Trukikaitis_Postimees, lk 50
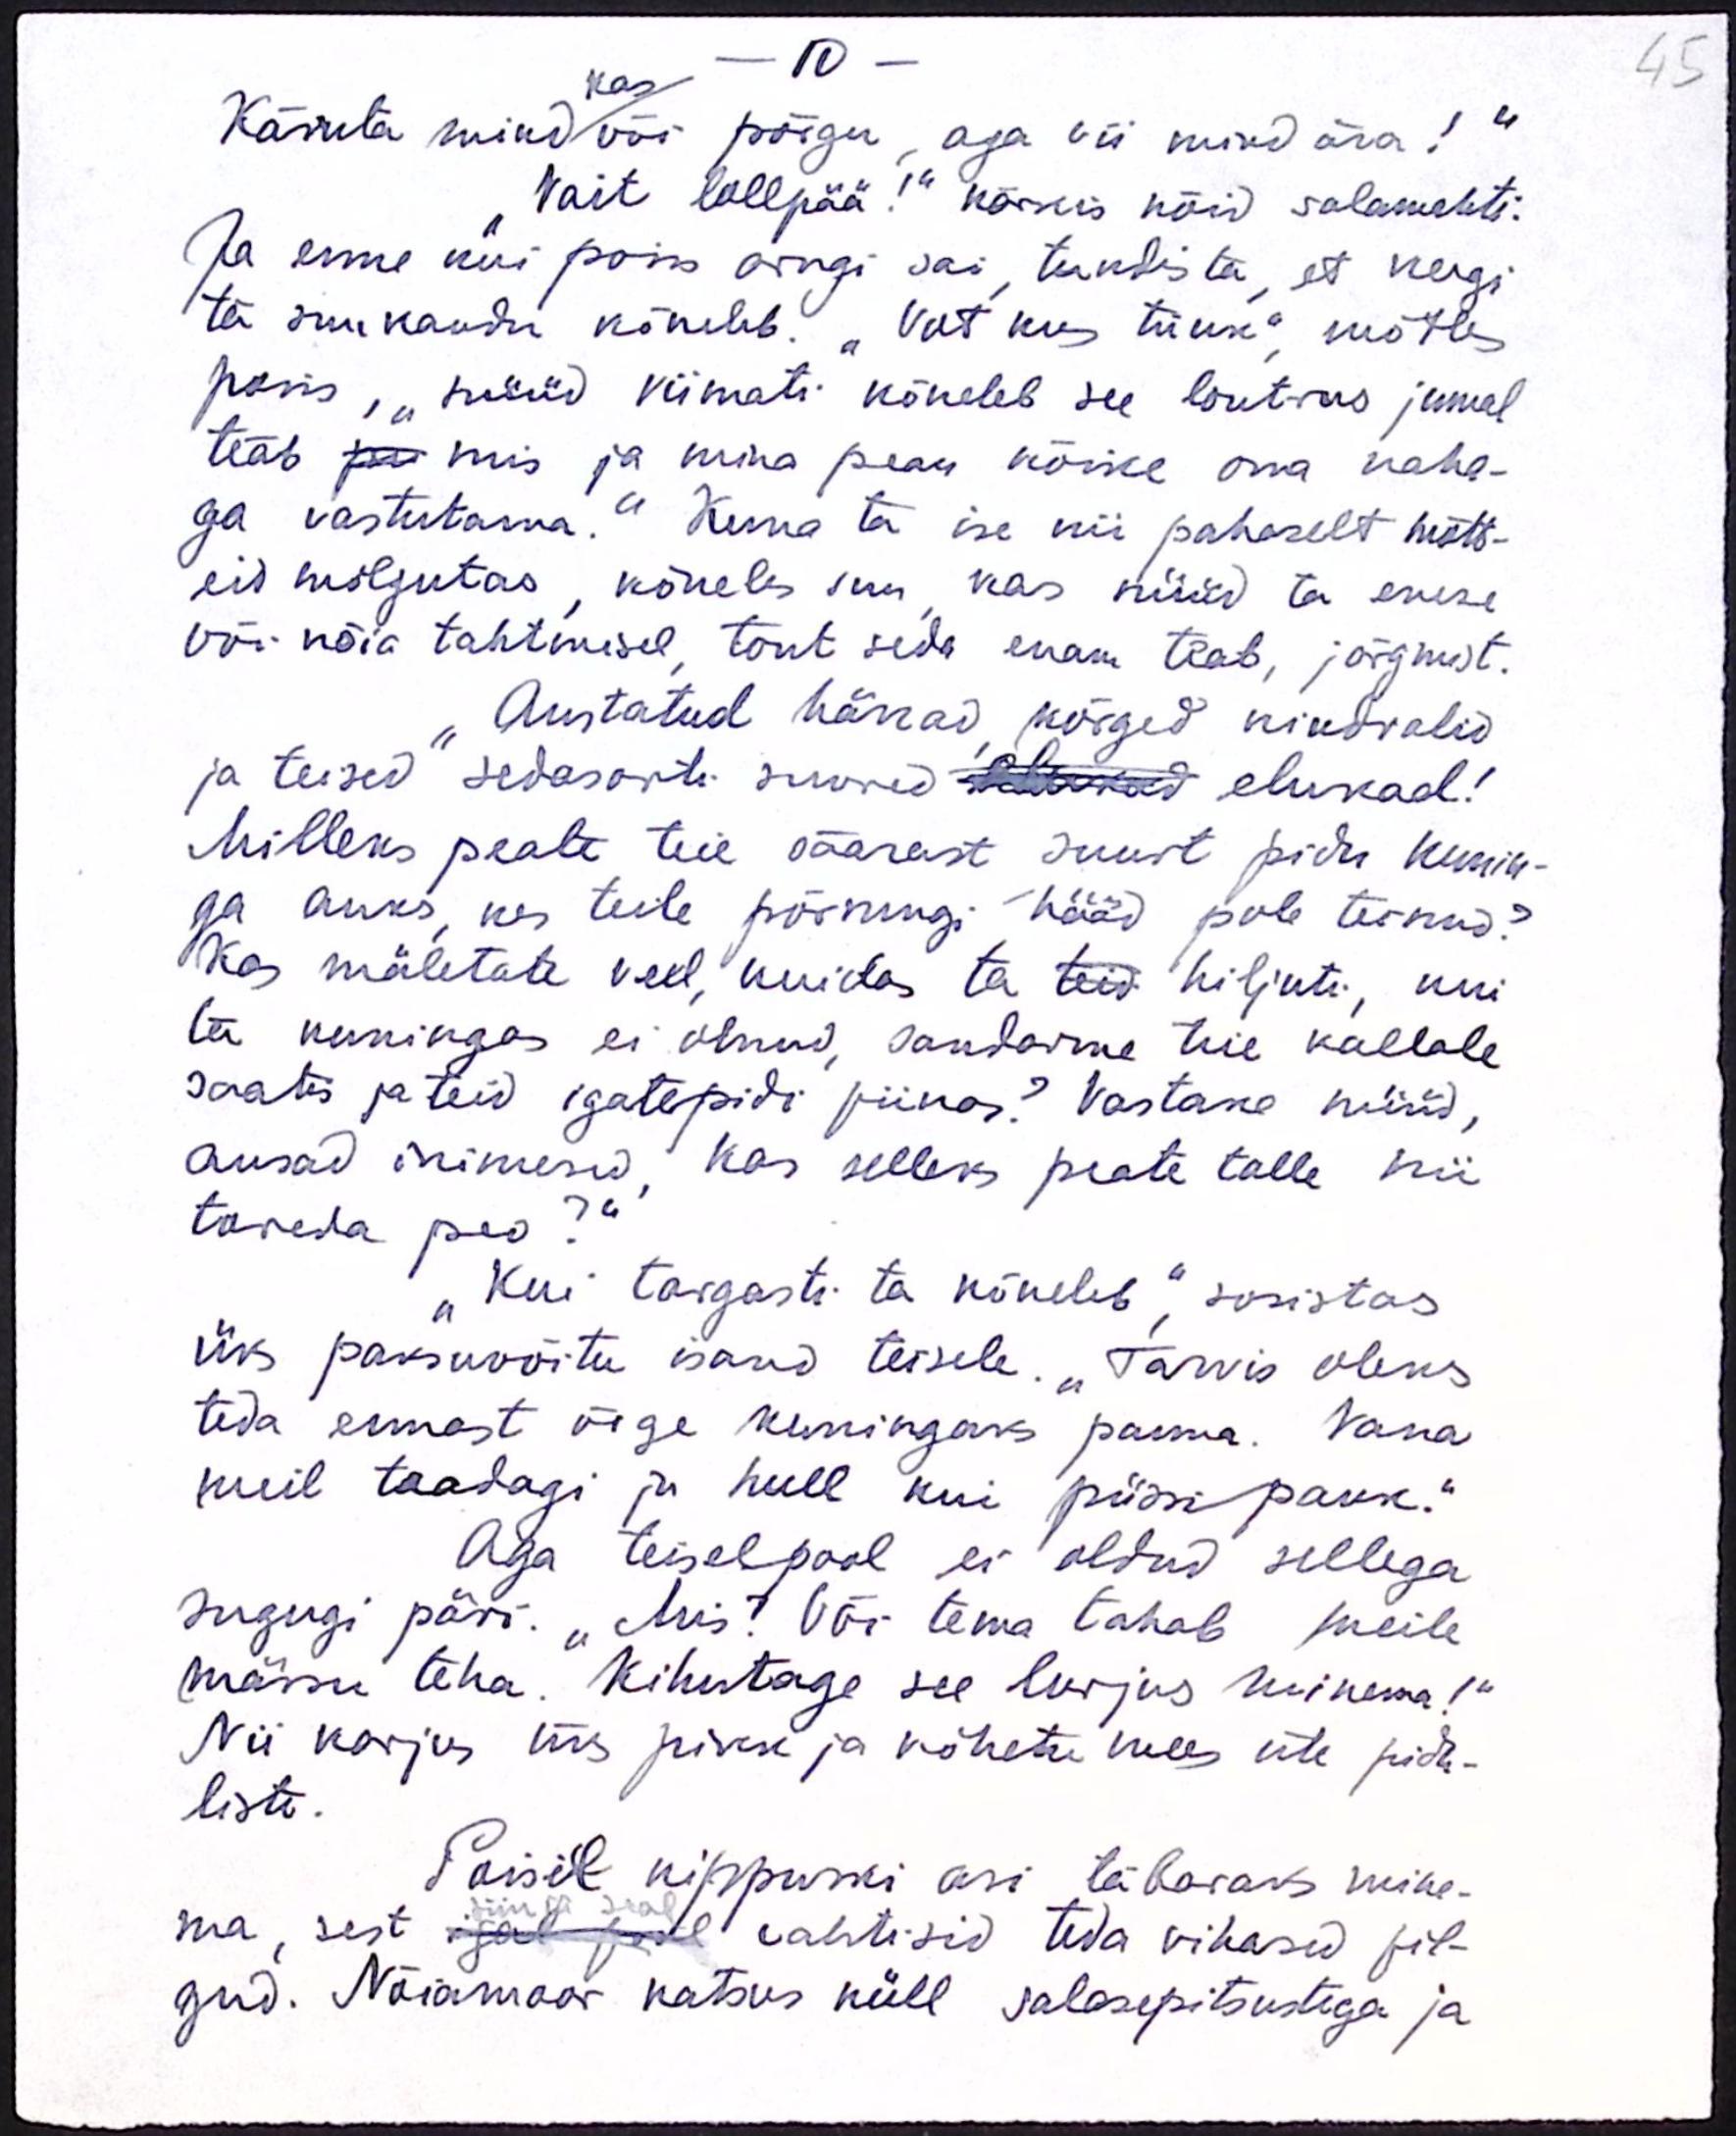
45

kas.
10
Käsuta mind või põigu, aga vii mind ära! "
"Vait lollpää!" kärkis nõid salamehti.
Ja enne kui poiss arugi sai, tundista, et keegi
ta suu kaudu kõneleb. "Vat, kus trikk" mõtles
poiss, "nüüd viimati kõneleb see lontrus jumal
teab mis ja mina pean kõike oma naha-
ga vastutama." Kuna ta ise nii pahaselt mõtl-
eid mõlgutas, kõneles suu kas nüüd ta enese
või nõia tahtmisel, tont seda enam teab, järgmist.
"Austatud härrad kõrged kindralid
ja teised sedasorti suured elukad elukad!
Milleks peale teie päärast suurt pidu kunin-
ga auks, kes teile põrmugi hääd pole teinud?
ka mäletate veel, kuidas ta hiljuti, kui
ta kuningas ei olnud, sandarme teie kallale
saatis ja teid igatepidi piinas? Vastake nüüd,
ausad inimesid, kas selleks peate talle nii
tareda peo?"
"Kui targasti ta kõneleb," sosistas
üks paksuvõitu isand teisele. "Tarvis oleks
teda ennast õige kuningaks panna. Vana
meil teadagi ja hull kui püssipauk.“
Aga teiselpool ei oldud sellega
sugugi päri. "Mis? Või tema tahab meile
mässu teha. Kihutage see lurjus minema!"
Nii karjus siis pikk ja kõhetu mees üle pidu-
liste.
Poisil kippuski asi täbaraks mine-
ma, sest siin ja seal vahtisid teda vihased pil-
gud. Nõiamoor katsus küll salasepitsustega ja